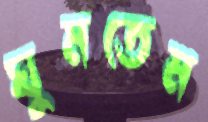
ঘুমতেম